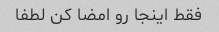
فقط اینجا رو امضا کن لطفا